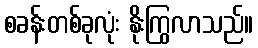
စခန်းတစ်ခုလုံး နိုးကြွလာသည်။